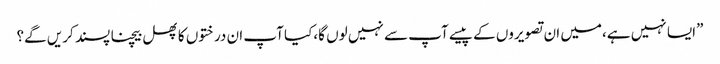
”ایسا نہیں ہے،میں ان تصویروں کے پیسے آپ سے نہیں لوں گا،کیا آپ ان درختوں کا پھل بیچنا پسند کریں گے؟